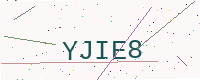
Text: YJIE8